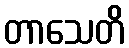
တာသေတိ